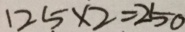
1 2 5 \times 2 = 2 5 0